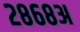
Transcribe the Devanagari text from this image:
२८६८अ